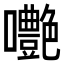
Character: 𡅩